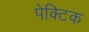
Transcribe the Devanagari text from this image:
पेक्टिक